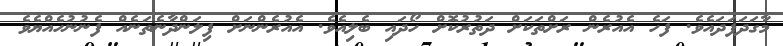
މާގަދަފަދައެވެ. ފަހެ އެއުރެން ރަށްތަކަށް ދަތުރުކޮށް ހޯދައި ބެލިއެވެ. އެއުރެންނަށް ފިލަންދާނެތަނެއް ފެނުނުހެއްޔެވެ